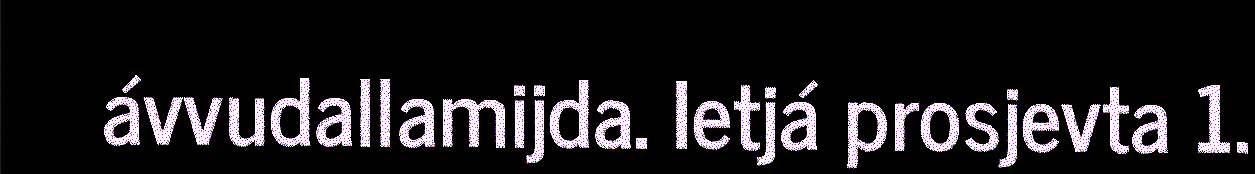
ávvudallamijda. Ietjá prosjevta 1.